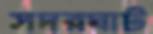
সদরঘাট